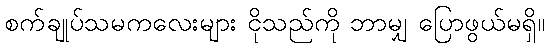
စက်ချုပ်သမကလေးများ ငိုသည်ကို ဘာမျှ ပြောဖွယ်မရှိ။